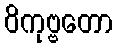
ဝိကုဗ္ဗတော